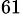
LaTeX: ^{61}